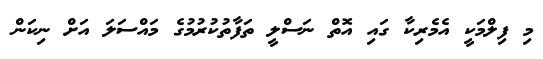
މި ފިލްމަކީ އެމެރިކާ ގައި އޮތް ނަސްލީ ތަފާތުކުރުމުގެ މައްސަލަ އަށް ނިކަން